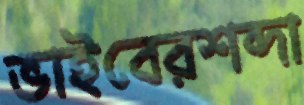
ভাইবেরশব্দা